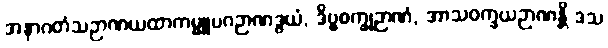
အနာဂတံသဉာဏယထာကမ္မူပဂဉာဏဒွယံ, ဒိဗ္ဗစက္ခုဉာဏံ, အာသဝက္ခယဉာဏန္တိ ဒသ